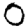
Digit: 0